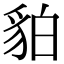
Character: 貃